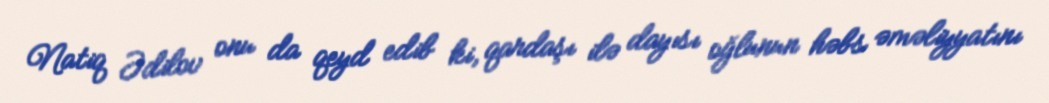
Natiq Ədilov onu da qeyd edib ki, qardaşı ilə dayısı oğlunun həbs əməliyyatını